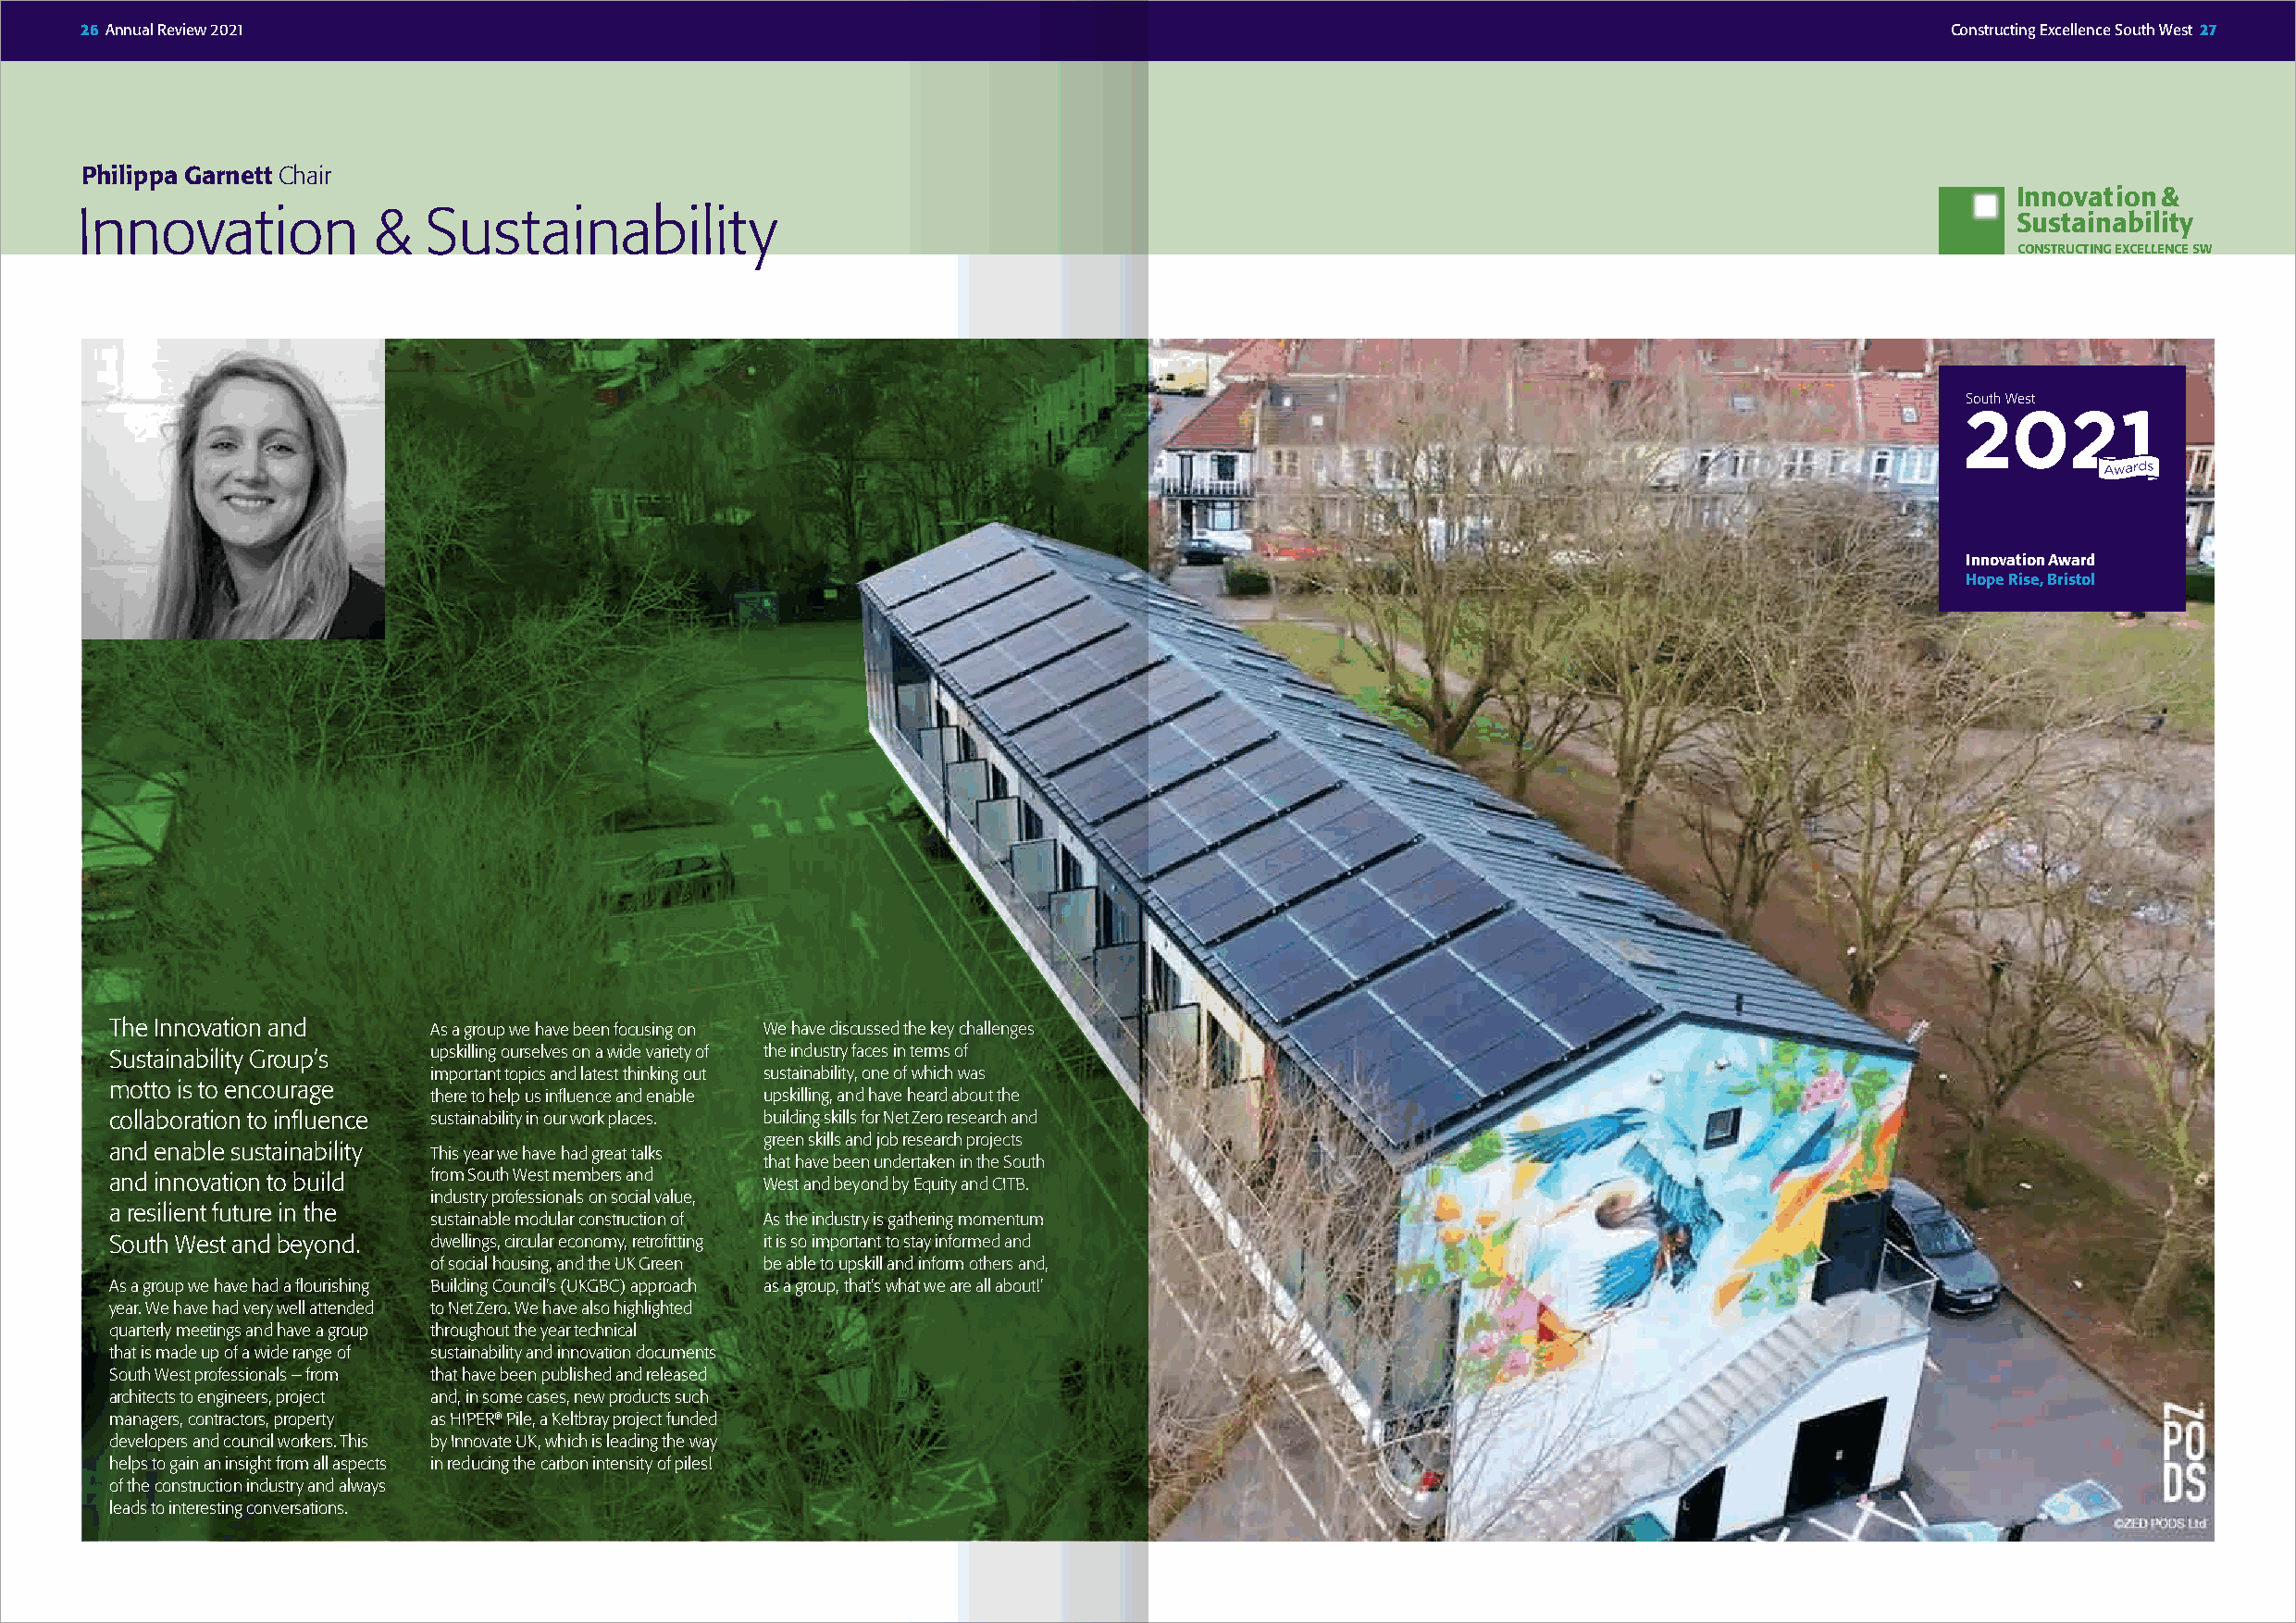
26 Annual Review 2021                                                                                                                 Constructing Excellence South West 27
 Philippa Garnett Chair
 Innovation &
 Innovation            &  Sustainability
 Sustainability
 CONSTRUCTING EXCELLENCE SW
 Innovation Award
 Hope Rise, Bristol
 The Innovation and     As a group we have been focusing on We have discussed the key challenges
 Sustainability Group’s upskilling ourselves on a wide variety of the industry faces in terms of
 important topics and latest thinking out sustainability, one of which was
 motto is to encourage
 there to help us influence and enable upskilling, and have heard about the
 collaboration to influence sustainability in our work places. building skills for Net Zero research and
 green skills and job research projects
 and enable sustainability This year we have had great talks
 that have been undertaken in the South
 and innovation to build from South West members and West and beyond by Equity and CITB.
 industry professionals on social value,
 a resilient future in the
 sustainable modular construction of As the industry is gathering momentum
 South West and beyond. dwellings, circular economy, retrofitting it is so important to stay informed and
 of social housing, and the UK Green be able to upskill and inform others and,
 As a group we have had a flourishing Building Council’s (UKGBC) approach as a group, that’s what we are all about!’
 year. We have had very well attended to Net Zero. We have also highlighted
 quarterly meetings and have a group throughout the year technical
 that is made up of a wide range of sustainability and innovation documents
 South West professionals – from that have been published and released
 architects to engineers, project and, in some cases, new products such
 managers, contractors, property as HIPER® Pile, a Keltbray project funded
 developers and council workers. This by Innovate UK, which is leading the way
 helps to gain an insight from all aspects in reducing the carbon intensity of piles!
 of the construction industry and always
 leads to interesting conversations.